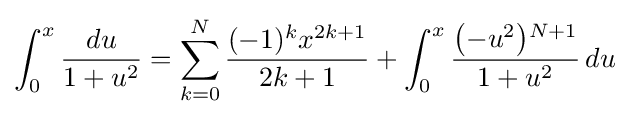
\int _{0}^{x}{\frac {du}{1+u^{2}}}=\sum _{k=0}^{N}{\frac {(-1)^{k}x^{2k+1}}{2k+1}}+\int _{0}^{x}{\frac {{\bigl (}{-u^{2}}{\bigr )}{}^{N+1}}{1+u^{2}}}\,du